Vaccination in the Punjab 1883-1896 - 1883-1896
Year: 1883
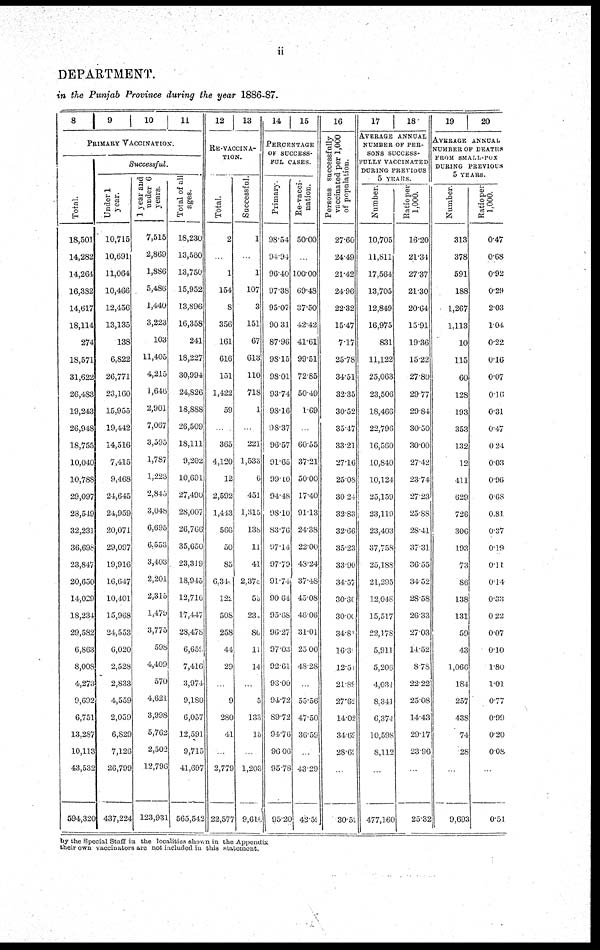
ii
DEPARTMENT.
in the Punjab Province during the year 1886-87.
8
9 10
11
PRIMARY VACCINATION.
Total.
18,501
14,282
14,264
16,382
14,617
18,114
274
18,571
31,622
26,483
19,243
26,948
18,755
10,040
10,788
29,097
28,549
32,231
36,698
23,847
20,650
14,029
18,234
29,582
6,863
8,008
4,273
9,692
6,751
13.287
10,113
43,532
594,320
Successful.
Under 1
year.
10,715
10,691
11,064
10,466
12,456
13,135
138
6,822
26,771
23,160
15,955
19,442
14,516
7,415
9,468
24,645
24,959
20,071
29,097
19,916
16,647
10,401
15,968
24,553
6,020
2,528
2,833
4,559
2,059
6,829
7,126
26,799
437,224
1 year and
under 6
years.
7,515
2,869
1,886
5,486
1,440
3,223
103
11,405
4,215
1,646
2,901
7,067
3,595
1,787
1,223
2,845
3,048
6,695
6,553
3,403
2,201
2,315
1,470
3,775
598
4,409
570
4,621
3,998
5,762
2,502
12,796
123,931
Total of all
ages.
18,230
13,560
13,750
15,952
13,896
16,358
241
18,227
30,994
24,826
13,888
26,509
18,111
9,202
10,691
27,490
28,007
26,766
35,650
23,319
18,945
12,710
17,447
28,478
6,659
7,416
3,974
9,180
6,057
12,591
9,715
41,697
565,542
12
13
RE-VACCINA-
TION.
Total.
2
...
1
154
8
356
161
616
151
1,422
59
...
365
4,120
12
2,592
1,413
566
50
85
6,344
122
508
258
44
29
...
9
280
41
...
2,779
22,577
Successful.
1
...
1
107
3
151
67
613
110
718
1
...
221
1,533
6
451
1,315
138
11
41
2,378
55
234
80
11
14
...
5
133
15
...
1,203
9,616
14
15
PERCENTAGE
OF SUCCESS-
FUL CASES.
Primary.
98.54
94.94
96.40
97.38
95.07
90.31
87.96
98.15
98.01
93.74
98.16
98.37
96.57
91.65
99.10
94.48
98.10
83.76
97.14
97.79
91.74
90.64
95.68
96.27
97.03
92.61
93.00
94.72
89.72
94.76
96.06
95.78
95.20
Re-vacci-
nation.
50.00
...
100.00
69.48
37.50
42.42
41.61
99.51
72.85
50.49
1.69
...
60.55
37.21
50.00
17.40
91.13
24.38
22.00
43.24
37.48
45.08
46.06
31.01
25.00
48.28
...
55.56
47.50
36.59
...
43.29
42.59
16
Persons successfully
vaccinated per 1,000
of population.
27.60
24.49
21.42
24.96
22.32
15.47
7.17
25.78
34.51
32.35
30.52
35.47
33.21
27.16
25.08
30.24
32.83
32.66
35.23
33.90
34.57
30.30
30.00
34.81
16.36
12.51
21.89
27.62
14.02
34.69
28.69
...
30.52
17
18
AVERAGE ANNUAL
NUMBER OF PER-
SONS SUCCESS-
FULLY VACCINATED
DURING PREVIOUS
5 YEARS.
Number.
10,705
11,811
17,564
13,705
12,849
16,975
831
11,122
25,063
23,506
18,466
22,796
16,560
10,840
10,124
25,159
23,119
23,403
37,758
25,188
21,295
12,048
15,517
22,178
5,911
5,206
4,034
8,341
6,374
10,598
8,112
...
477,160
Ratio per
1,000.
16.20
21.34
27.37
21.30
20.64
15.91
19.36
15.22
27.80
29.77
29.84
30.50
30.00
27.42
23.74
27.23
25.88
28.41
37.31
36.55
34.52
28.58
26.33
27.03
14.52
8.78
22.22
25.08
14.43
29.17
23.96
...
25.32
19
20
AVERAGE ANNUAL
NUMBER OF DEATHS
FROM SMALL-POX
DURING PREVIOUS
5 YEARS.
Number.
313
378
591
188
1,267
1,113
10
115
60
128
193
353
132
12
411
629
726
306
193
73
86
138
131
59
43
1,066
184
257
438
74
28
...
9,693
Ratio per
1,000.
0.47
0.68
0.92
0.29
2.03
1.04
0.22
0.16
0.07
0.16
0.31
0.47
0.24
0.03
0.96
0.68
0.81
0.37
0.14
0.11
0.14
0.33
0.22
0.07
0.10
1.80
1.01
0.77
0.99
0.20
0.08
...
0.51
by the Special Staff in the localities shown in the Appendix
their own vaccinators are not included in this statement.